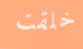
خلقت